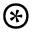
\circledast